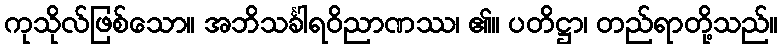
ကုသိုလ်ဖြစ်သော။ အဘိသင်္ခါရဝိညာဏဿ၊ ၏။ ပတိဋ္ဌာ၊ တည်ရာတို့သည်။